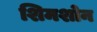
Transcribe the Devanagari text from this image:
शिमशोन